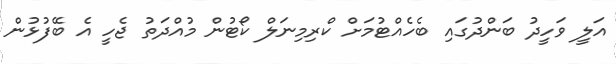
އަލީ ވަހީދު ބަންދުގައި ބެހެއްޓުމަށް ކްރިމިނަލް ކޯޓުން މުއްދަތު ޖެހީ އެ ބޭފުޅުން